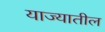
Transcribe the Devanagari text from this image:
याज्यातील